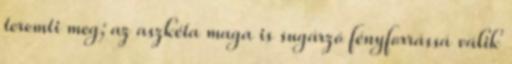
teremti meg; az aszkéta maga is sugárzó fényforrássá válik